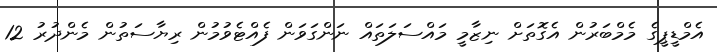
އެމްޑީޕީގެ މެމްބަރުން އެގޮތަށް ނިޒާމީ މައްސަލަތައް ނަންގަވަން ފެއްޓެވުމުން ރިޔާސަތުން މެންދުރު 12